NAE_EAOK_eestikeelsed_sunnimeetrikad, lk 28
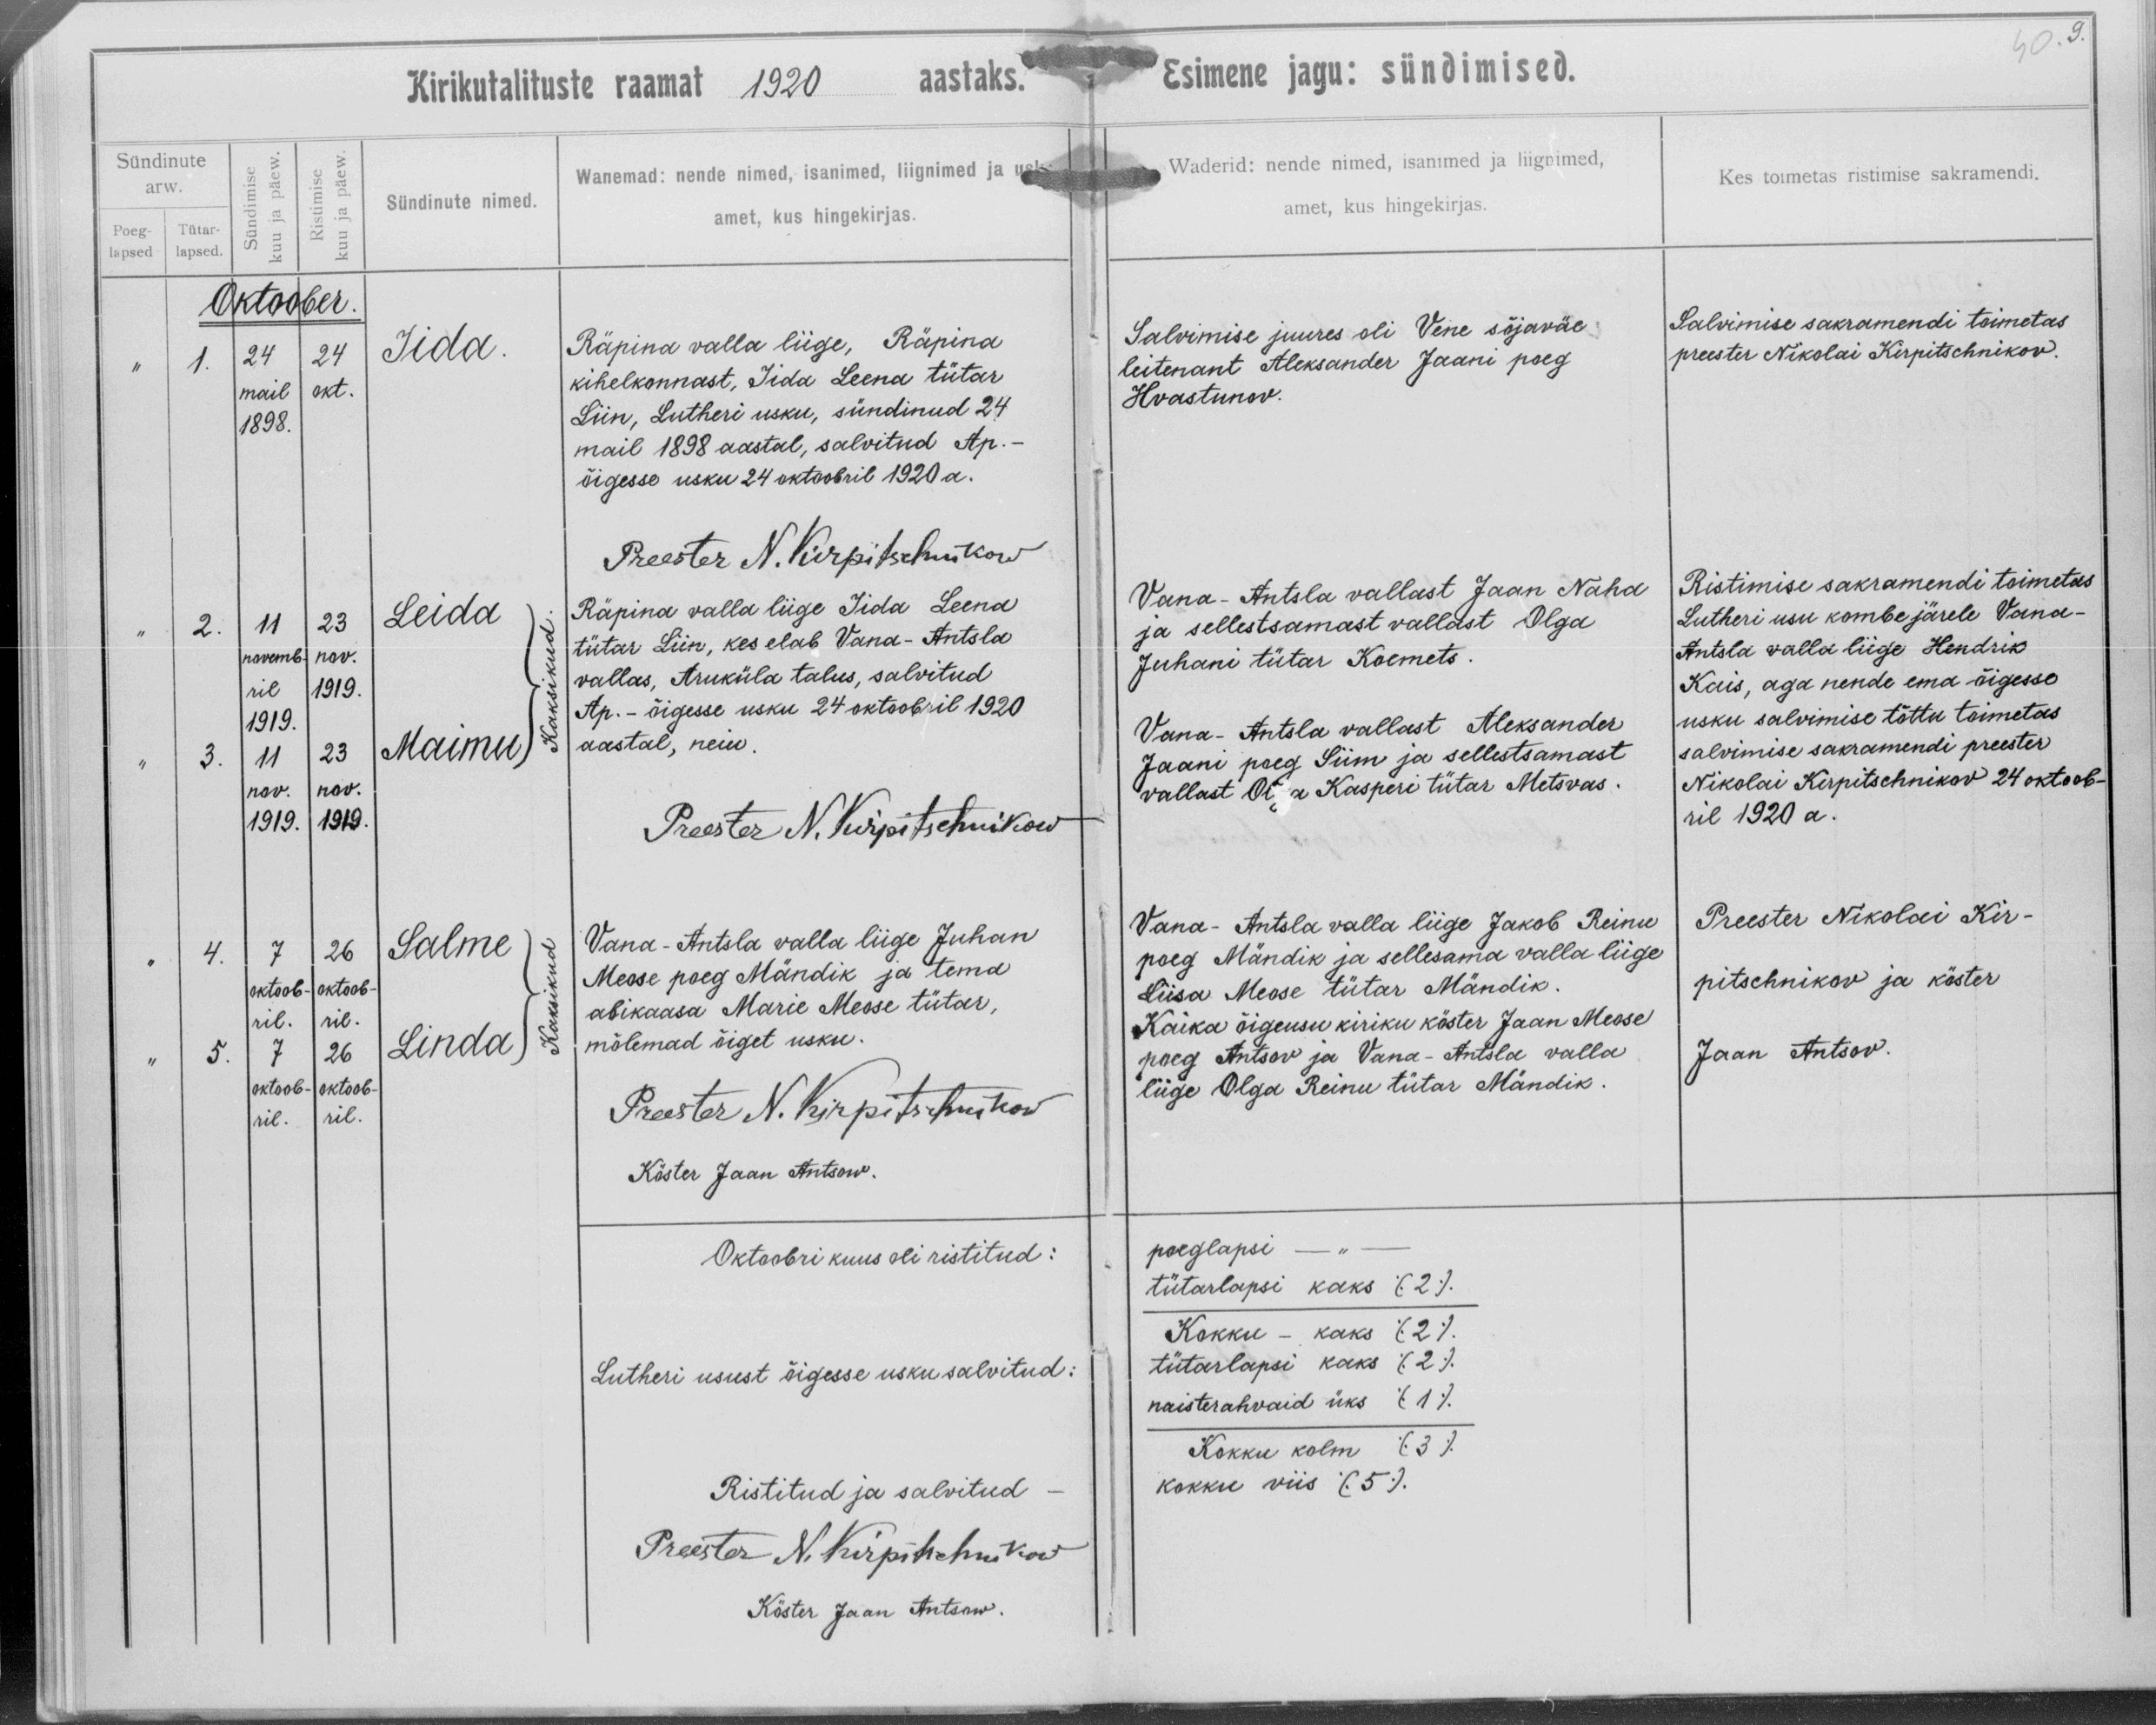
Iida

Leida
Maimu

Salme
Linda

Räpina valla liige, Räpina
kihelkonnast, Iida Leena tütar
Liin, Lutheri usku, sündinud 24
mail 1898 aastal, salvitud Ap.
õigesse usku 24 oktoobril 1920 a.

Räpina valla liige Iida Leena
tütar Liin, kes elab Vana-Antsla
vallas, Aruküla talus, salvitud
Ap.-õigesse usku 24 oktoobril 1920
aastal, neiu.

Vana-Antsla valla liige Juhan
Meose poeg Mändik ja tema
abikaasa Marie Meose tütar,
mõlemad õiget usku.